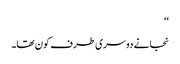
‘‘
نجانے دوسری طرف کون تھا۔